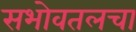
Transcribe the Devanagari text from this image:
सभोवतलचा